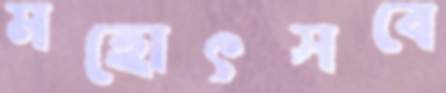
মহোৎসবে